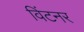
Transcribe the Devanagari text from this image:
विंटनर